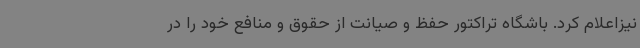
نیزاعلام کرد. باشگاه تراکتور حفظ و صیانت از حقوق و منافع خود را در